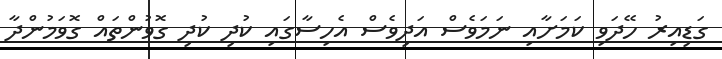
ގަޑިއިރު ހޭދަވި ކަމަށާއި ނަމަވެސް އަދިވެސް އެހިސާގައި ކުދި ކުދި ގޮވުންތައް ގޮވަމުންދާ